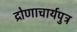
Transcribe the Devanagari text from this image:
द्रोणाचार्यपुत्र